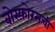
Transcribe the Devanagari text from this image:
बोस्फोरसची